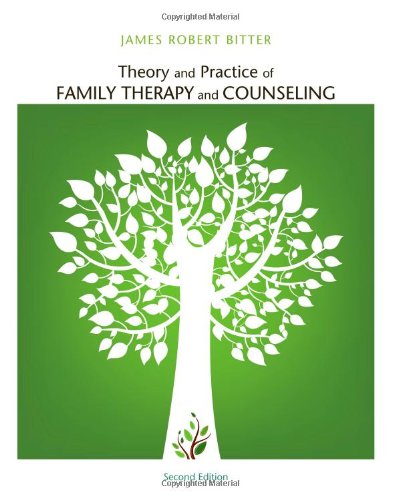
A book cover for Theory and Practice of Family Therapy and Counseling; James Robert Bitter; Education & Teaching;